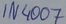
Text: 1N4007